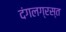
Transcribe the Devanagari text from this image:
दंगलग्रस्त